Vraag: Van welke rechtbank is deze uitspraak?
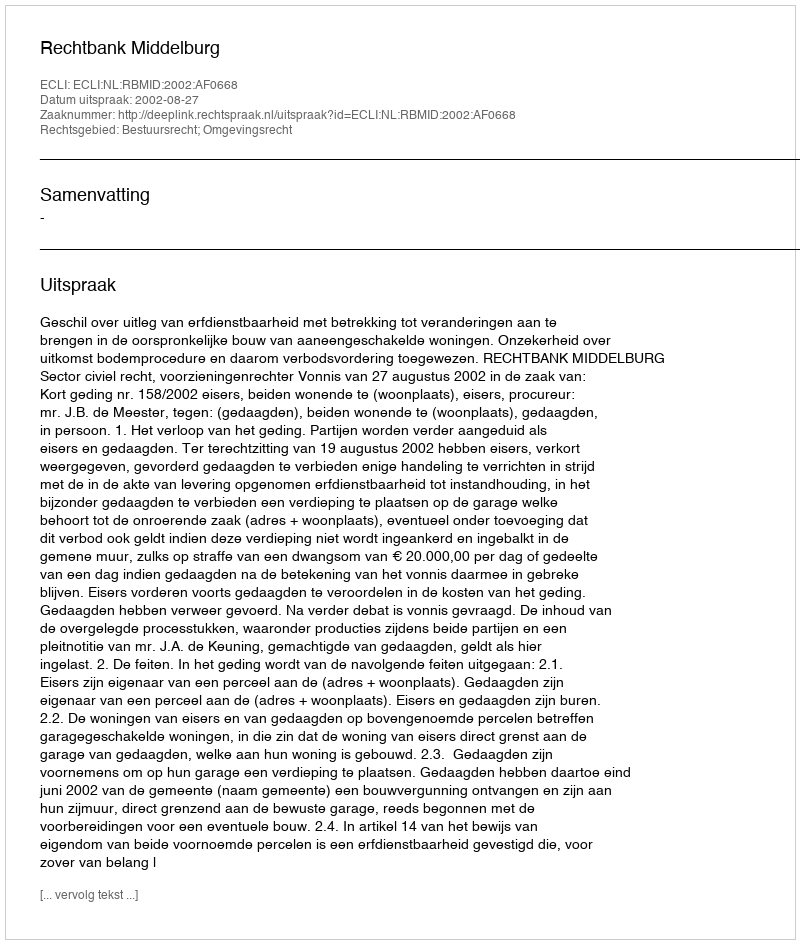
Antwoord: Rechtbank Middelburg